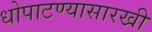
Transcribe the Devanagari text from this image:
धोपाटण्यासारखी